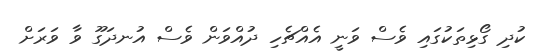
ކުދި ގޯޅިތަކުގައި ވެސް ވަނީ އެއްޗެހި ދުއްވަން ވެސް އުނދަގޫ ވާ ވަރަށް